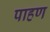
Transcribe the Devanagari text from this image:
पाहण